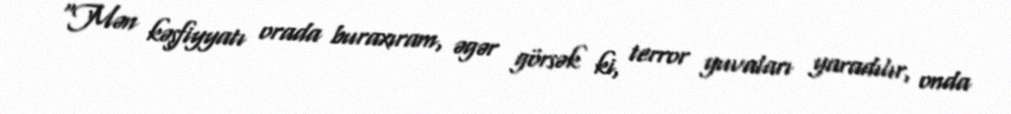
"Mən kəşfiyyatı orada buraxıram, əgər görsək ki, terror yuvaları yaradılır, onda